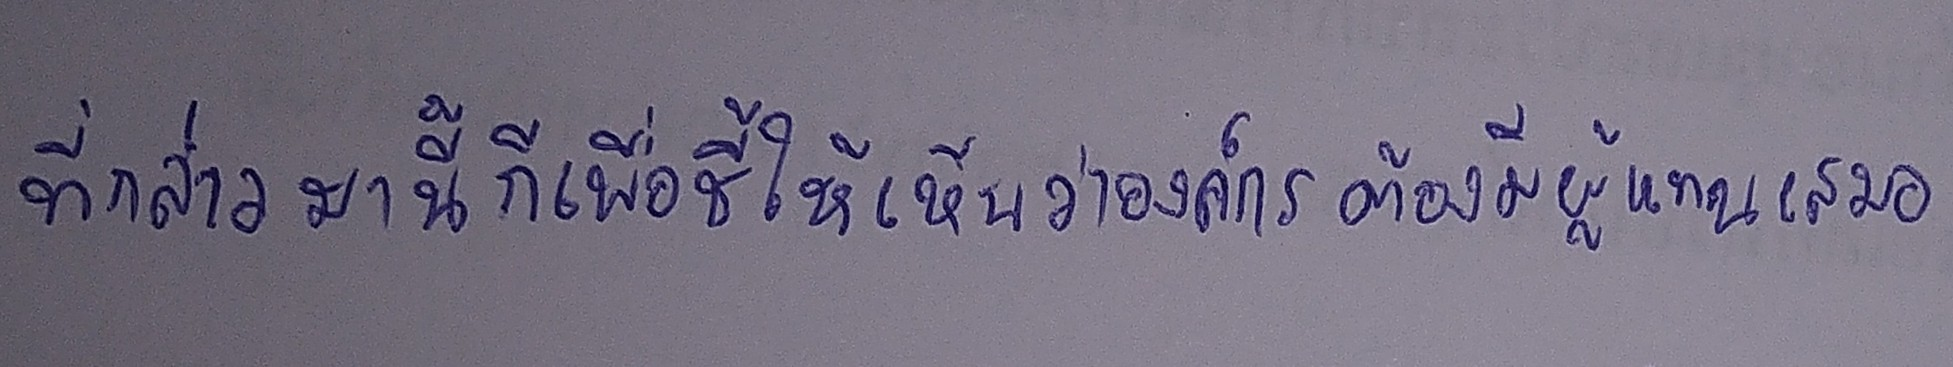
ที่กล่าวมานี้ก็เพื่อชี้ให้เห็นว่าองค์กรต้องมีผู้แทนเสมอ